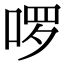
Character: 啰